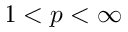
1 < p < \infty